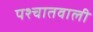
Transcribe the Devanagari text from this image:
पश्चातवाली